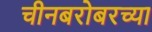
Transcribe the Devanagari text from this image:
चीनबरोबरच्या